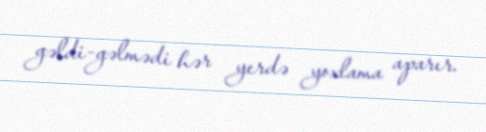
gəldi-gəlmədi hər yerdə yoxlama aparır.